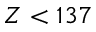
Z < 1 3 7